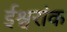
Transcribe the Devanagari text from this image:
ईश्वरांक